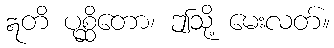
ဣတိ ပုစ္ဆိတော၊ ဤသို့ မေးလတ်။